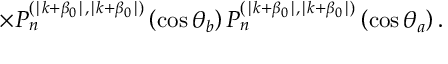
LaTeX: \times P _ { n } ^ { ( \mid k + \beta _ { 0 } \mid , \mid k + \beta _ { 0 } \mid ) } \left( \cos \theta _ { b } \right) P _ { n } ^ { ( \mid k + \beta _ { 0 } \mid , \mid k + \beta _ { 0 } \mid ) } \left( \cos \theta _ { a } \right) .